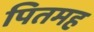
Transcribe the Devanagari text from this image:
पितमह